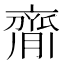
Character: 𦠃